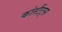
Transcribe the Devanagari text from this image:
कांस्टैंट्स